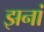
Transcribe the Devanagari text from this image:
झनां